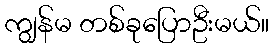
ကျွန်မ တစ်ခုပြောဦးမယ်။